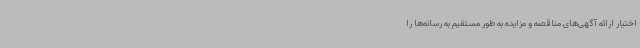
اختیار ارائه آگهی‌های مناقصه و مزایده به طور مستقیم به رسانه‌ها را